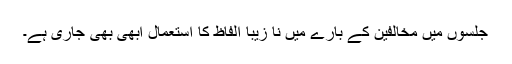
جلسوں میں مخالفین کے بارے میں نا زیبا الفاظ کا استعمال ابھی بھی جاری ہے۔